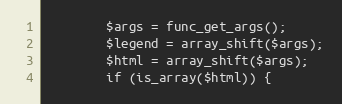
Language: PHP
        $args = func_get_args();
        $legend = array_shift($args);
        $html = array_shift($args);
        if (is_array($html)) {